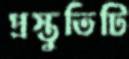
প্রস্তুতিটি